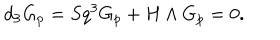
LaTeX: d _ { 3 } G _ { p } = S q ^ { 3 } G _ { p } + H \wedge G _ { p } = 0 .